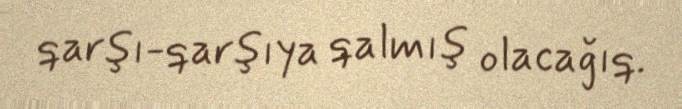
qarşı-qarşıya qalmış olacağıq.